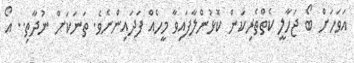
އަވަހަށް ބޯ ޖަހާލީ ކެތްތެރިކަން ކޮޅުންލާފައިވާ މީހެއް ފަދައިންނެވެ. ތަނަކަށް ނުދާތި.. އޯ